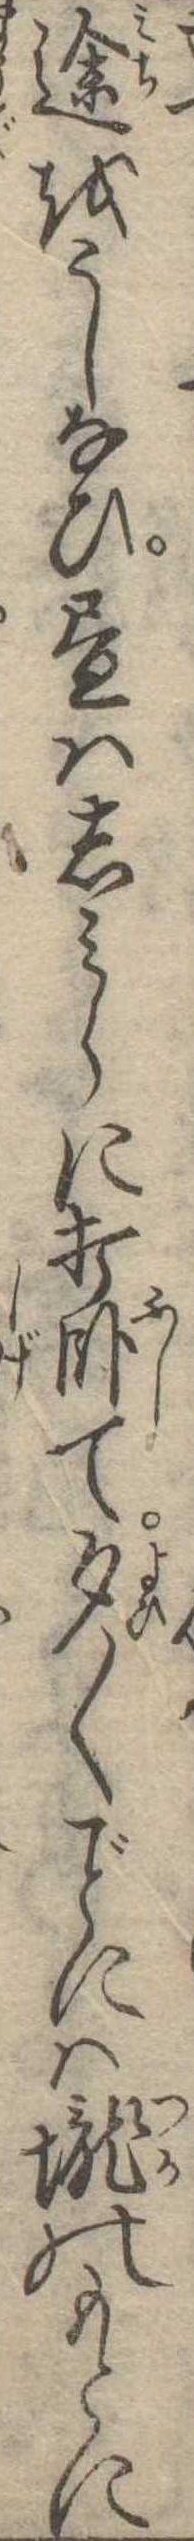
途をうしなひ昼はしらみに打臥て夕〱には壟のもとに